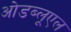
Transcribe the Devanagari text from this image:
ओडब्लूएल